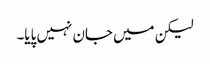
لیکن میں جان نہیں پایا۔